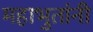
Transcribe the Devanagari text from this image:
महाभुतांनी